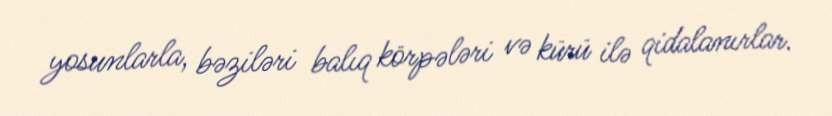
yosunlarla, bəziləri balıq körpələri və kürü ilə qidalanırlar.